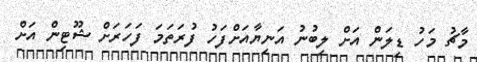
މާޗު މަހު ޑިލަން އަށް ލިބުނު އަނިޔާއަށްފަހު ފުރަތަމަ ފަހަރަށް ޝޫޓިން އަށް